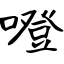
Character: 噔